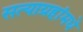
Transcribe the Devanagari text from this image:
सत्याग्रहांमधे